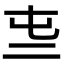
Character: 𠄤